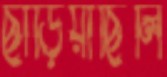
ছাড়িয়াছিলি